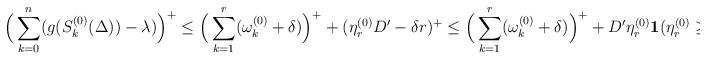
LaTeX: \begin{align*}\Big(\sum_{k=0}^n(g(S_k^{{(0)}}(\Delta))-\lambda)\Big)^+ &\leq \Big(\sum_{k=1}^r(\omega_k^{{(0)}}+\delta)\Big)^++(\eta_r^{{(0)}}D'-\delta r)^+\leq \Big(\sum_{k=1}^r(\omega_k^{{(0)}}+\delta)\Big)^++D'\eta_r^{{(0)}}{\bf 1}(\eta_r^{{(0)}}\geq \delta' r),\end{align*}